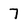
Character: 7